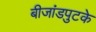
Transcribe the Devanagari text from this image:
बीजांडपुटके